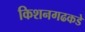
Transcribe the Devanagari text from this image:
किशनगढकडे